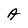
Character: A